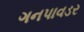
ગનપાવડર